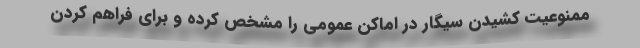
ممنوعیت کشیدن سیگار در اماکن عمومی را مشخص کرده و برای فراهم کردن